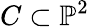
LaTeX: C\subset\mathbb{P}^{2}